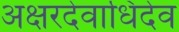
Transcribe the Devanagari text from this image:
अक्षरदेवाधिदेव